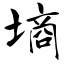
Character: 墒